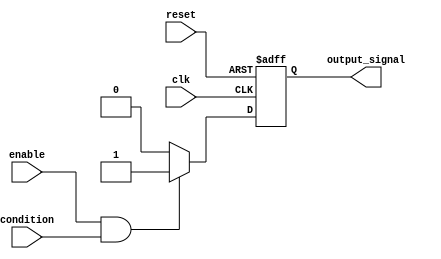
module Fallback_Bypass_register (
    input wire clk,
    input wire reset,
    input wire enable,
    input wire condition,
    output reg output_signal
);

reg fallback_signal;

always @ (posedge clk or posedge reset) begin
    if (reset) begin
        fallback_signal <= 0;
        output_signal <= 0;
    end else if (enable && condition) begin
        fallback_signal <= 1;
        output_signal <= 1;
    end else begin
        fallback_signal <= 0;
        output_signal <= 0;
    end
end

endmodule